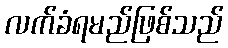
လက်ခံရမည်ဖြစ်သည်